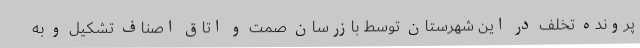
پرونده تخلف در این شهرستان توسط بازرسان صمت و اتاق اصناف تشکیل و به